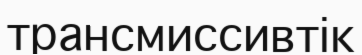
трансмиссивтік